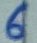
Text: 6